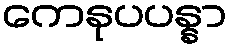
ကေနုပပန္နာ